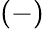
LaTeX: \left(-\right)